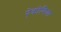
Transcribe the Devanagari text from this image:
ऐक्रोमिया